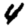
Digit: 4